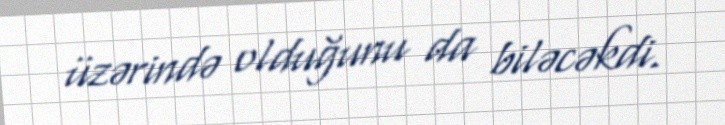
üzərində olduğunu da biləcəkdi.